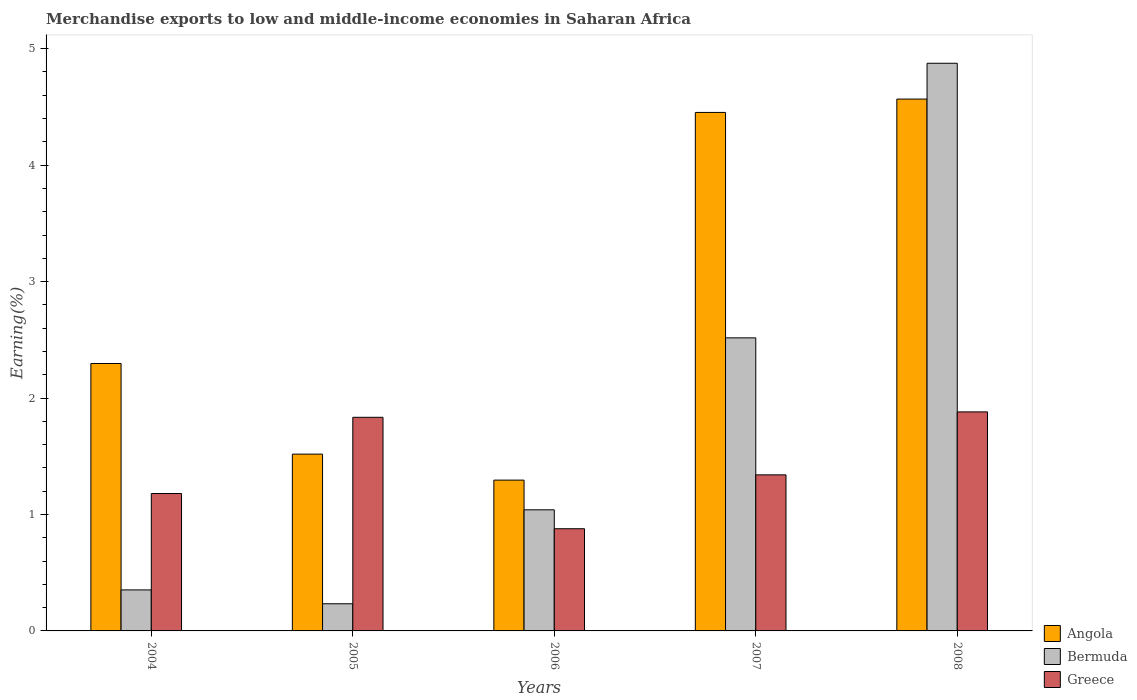
| Years | Angola | Bermuda | Greece |
 | --- | --- | --- | --- |
 | 2004 | 2.3 | 0.352 | 1.18 |
 | 2005 | 1.52 | 0.233 | 1.83 |
 | 2006 | 1.3 | 1.04 | 0.878 |
 | 2007 | 4.45 | 2.52 | 1.34 |
 | 2008 | 4.57 | 4.87 | 1.88 |